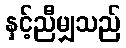
နှင့်ညီမျှသည်